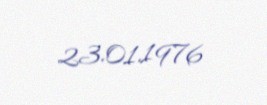
23.01.1976